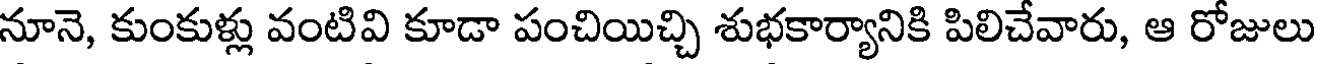
నూనె, కుంకుళ్లు వంటివి కూడా పంచియిచ్చి శుభకార్యానికి పిలిచేవారు, ఆ రోజులు